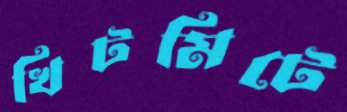
খিটমিটে